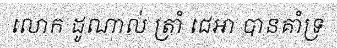
លោក ដូណាល់ ត្រាំ ជេអា បានគាំទ្រ